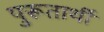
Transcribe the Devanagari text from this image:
पुरूतार्थी